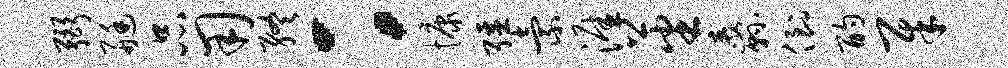
弼艇品用终：慷强索涯蕃纛倒酌犀